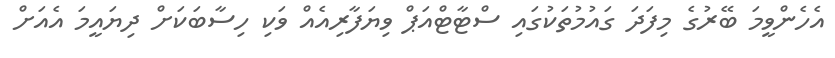
އެހެންވީމަ ބޭރުގެ މިފަދަ ގައުމުތަކުގައި ސްޓާޓްއަޕް ވިޔަފާރިއެއް ވަކި ހިސާބަކަށް ދިޔައީމަ އެއަށް